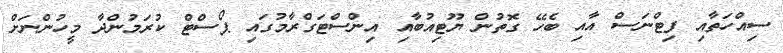
ސިއްހަތާއި ފިޓްނަސް އާއި ބެހޭ ގޮތުން ޔޫޓިއުބާއި އިންސްޓަގްރާމުގައި ޕޯސްޓް ކުރަމުންދާ މީހުންނަށް